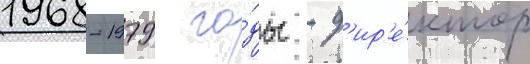
1968-1979 го́ды - д'ир'е́ктор